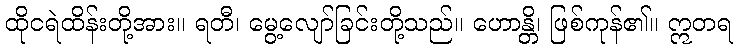
ထိုငရဲထိန်းတို့အား။ ရတီ၊ မွေ့လျော်ခြင်းတို့သည်။ ဟောန္တိ၊ ဖြစ်ကုန်၏။ ဣတရ